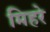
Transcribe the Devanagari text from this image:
मिहरे